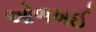
ઓળખઈ